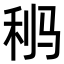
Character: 𩧸